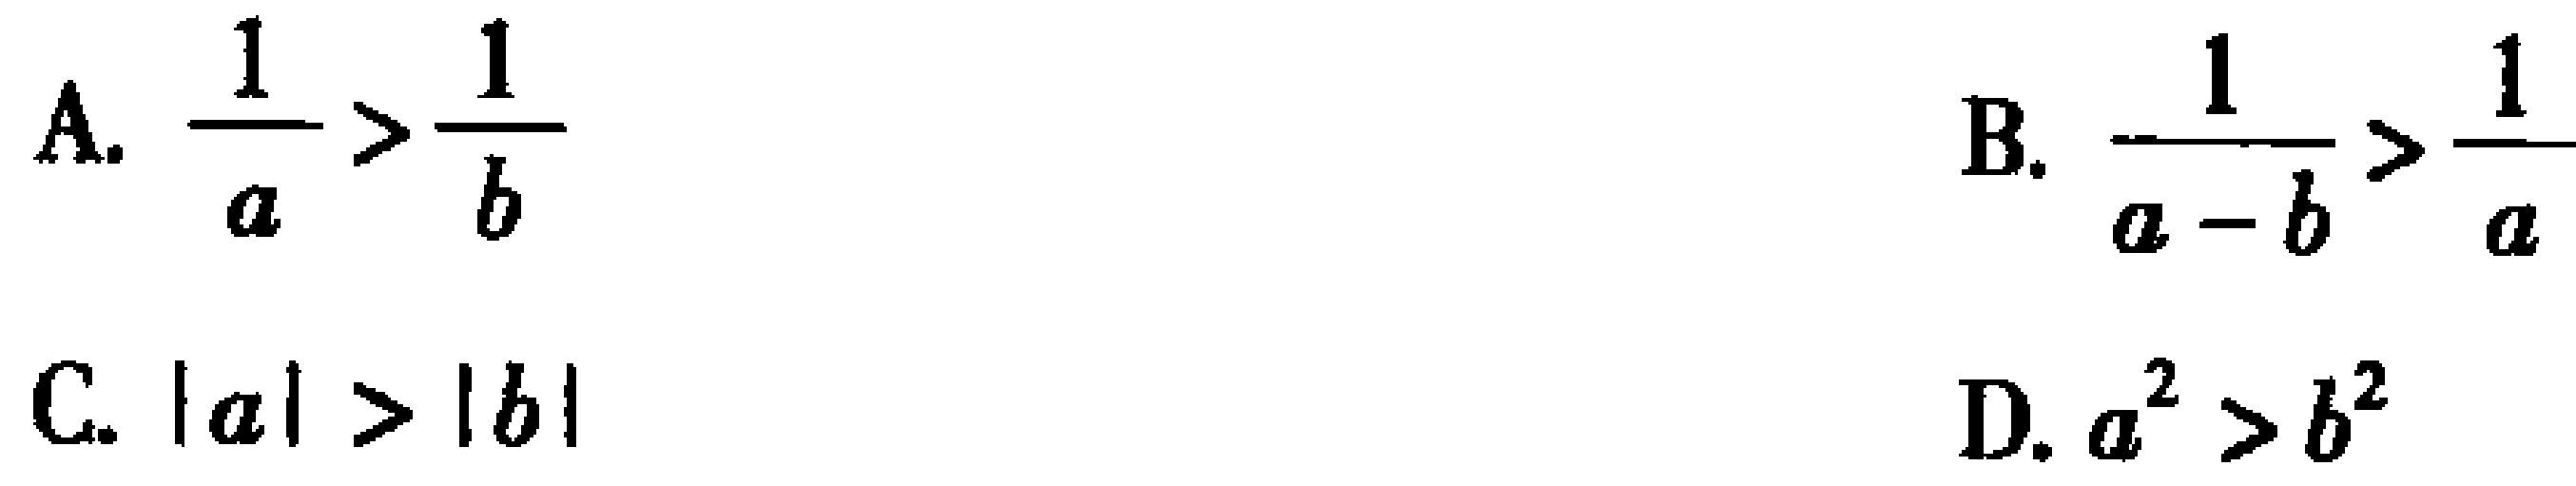
A. $\frac{1}{a}>\frac{1}{b}$

B. $\frac{1}{a - b}>\frac{1}{a}$

C. $|a|>|b|$

D. $a^{2}>b^{2}$